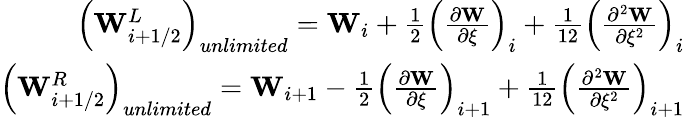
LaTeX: \begin{array}{r}{\left(\mathbf{W}_{i+1/2}^{L}\right)_{unlimited}=\mathbf{W}_{i}+\frac{1}{2}\left(\frac{\partial\mathbf{W}}{\partial\xi}\right)_{i}+\frac{1}{12}\left(\frac{\partial^{2}\mathbf{W}}{\partial\xi^{2}}\right)_{i}}\\ {\left(\mathbf{W}_{i+1/2}^{R}\right)_{unlimited}=\mathbf{W}_{i+1}-\frac{1}{2}\left(\frac{\partial\mathbf{W}}{\partial\xi}\right)_{i+1}+\frac{1}{12}\left(\frac{\partial^{2}\mathbf{W}}{\partial\xi^{2}}\right)_{i+1}}\end{array}